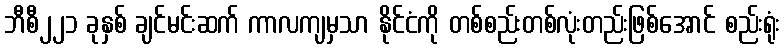
ဘီစီ၂၂၁ ခုနှစ် ချင်မင်းဆက် ကာလကျမှသာ နိုင်ငံကို တစ်စည်းတစ်လုံးတည်းဖြစ်အောင် စည်းရုံး